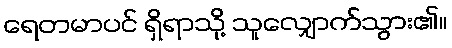
ရေတမာပင် ရှိရာသို့ သူလျှောက်သွား၏။